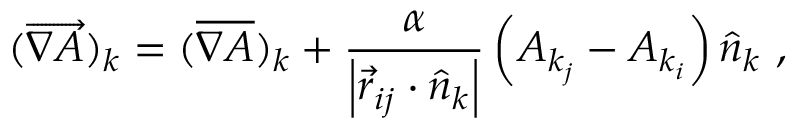
( \overrightarrow { \nabla A } ) _ { k } = ( \overline { { \nabla A } } ) _ { k } + \frac { \alpha } { \left| \vec { r } _ { i j } \cdot \hat { n } _ { k } \right| } \left( A _ { k _ { j } } - A _ { k _ { i } } \right) \hat { n } _ { k } \mathrm { ~ , ~ }